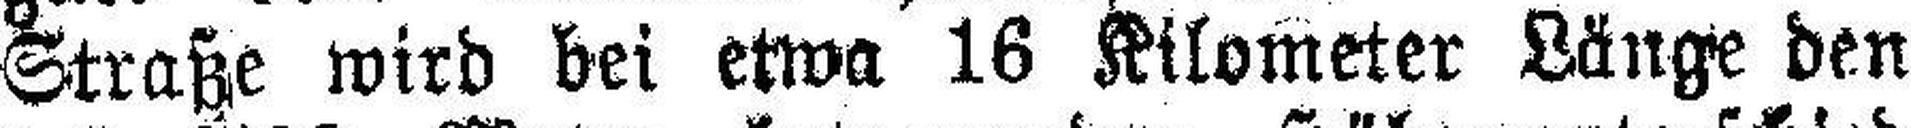
Straße wird bei etwa 16 Kilometer Länge den